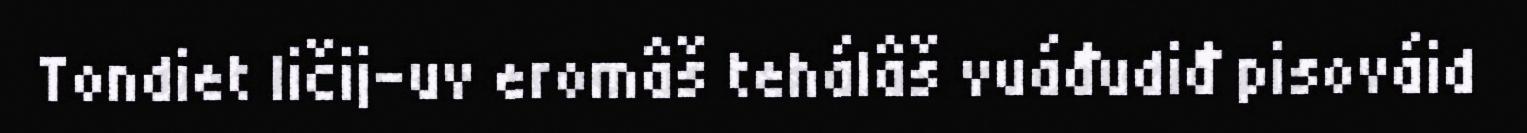
Tondiet ličij-uv eromâš tehálâš vuáđudiđ pisováid